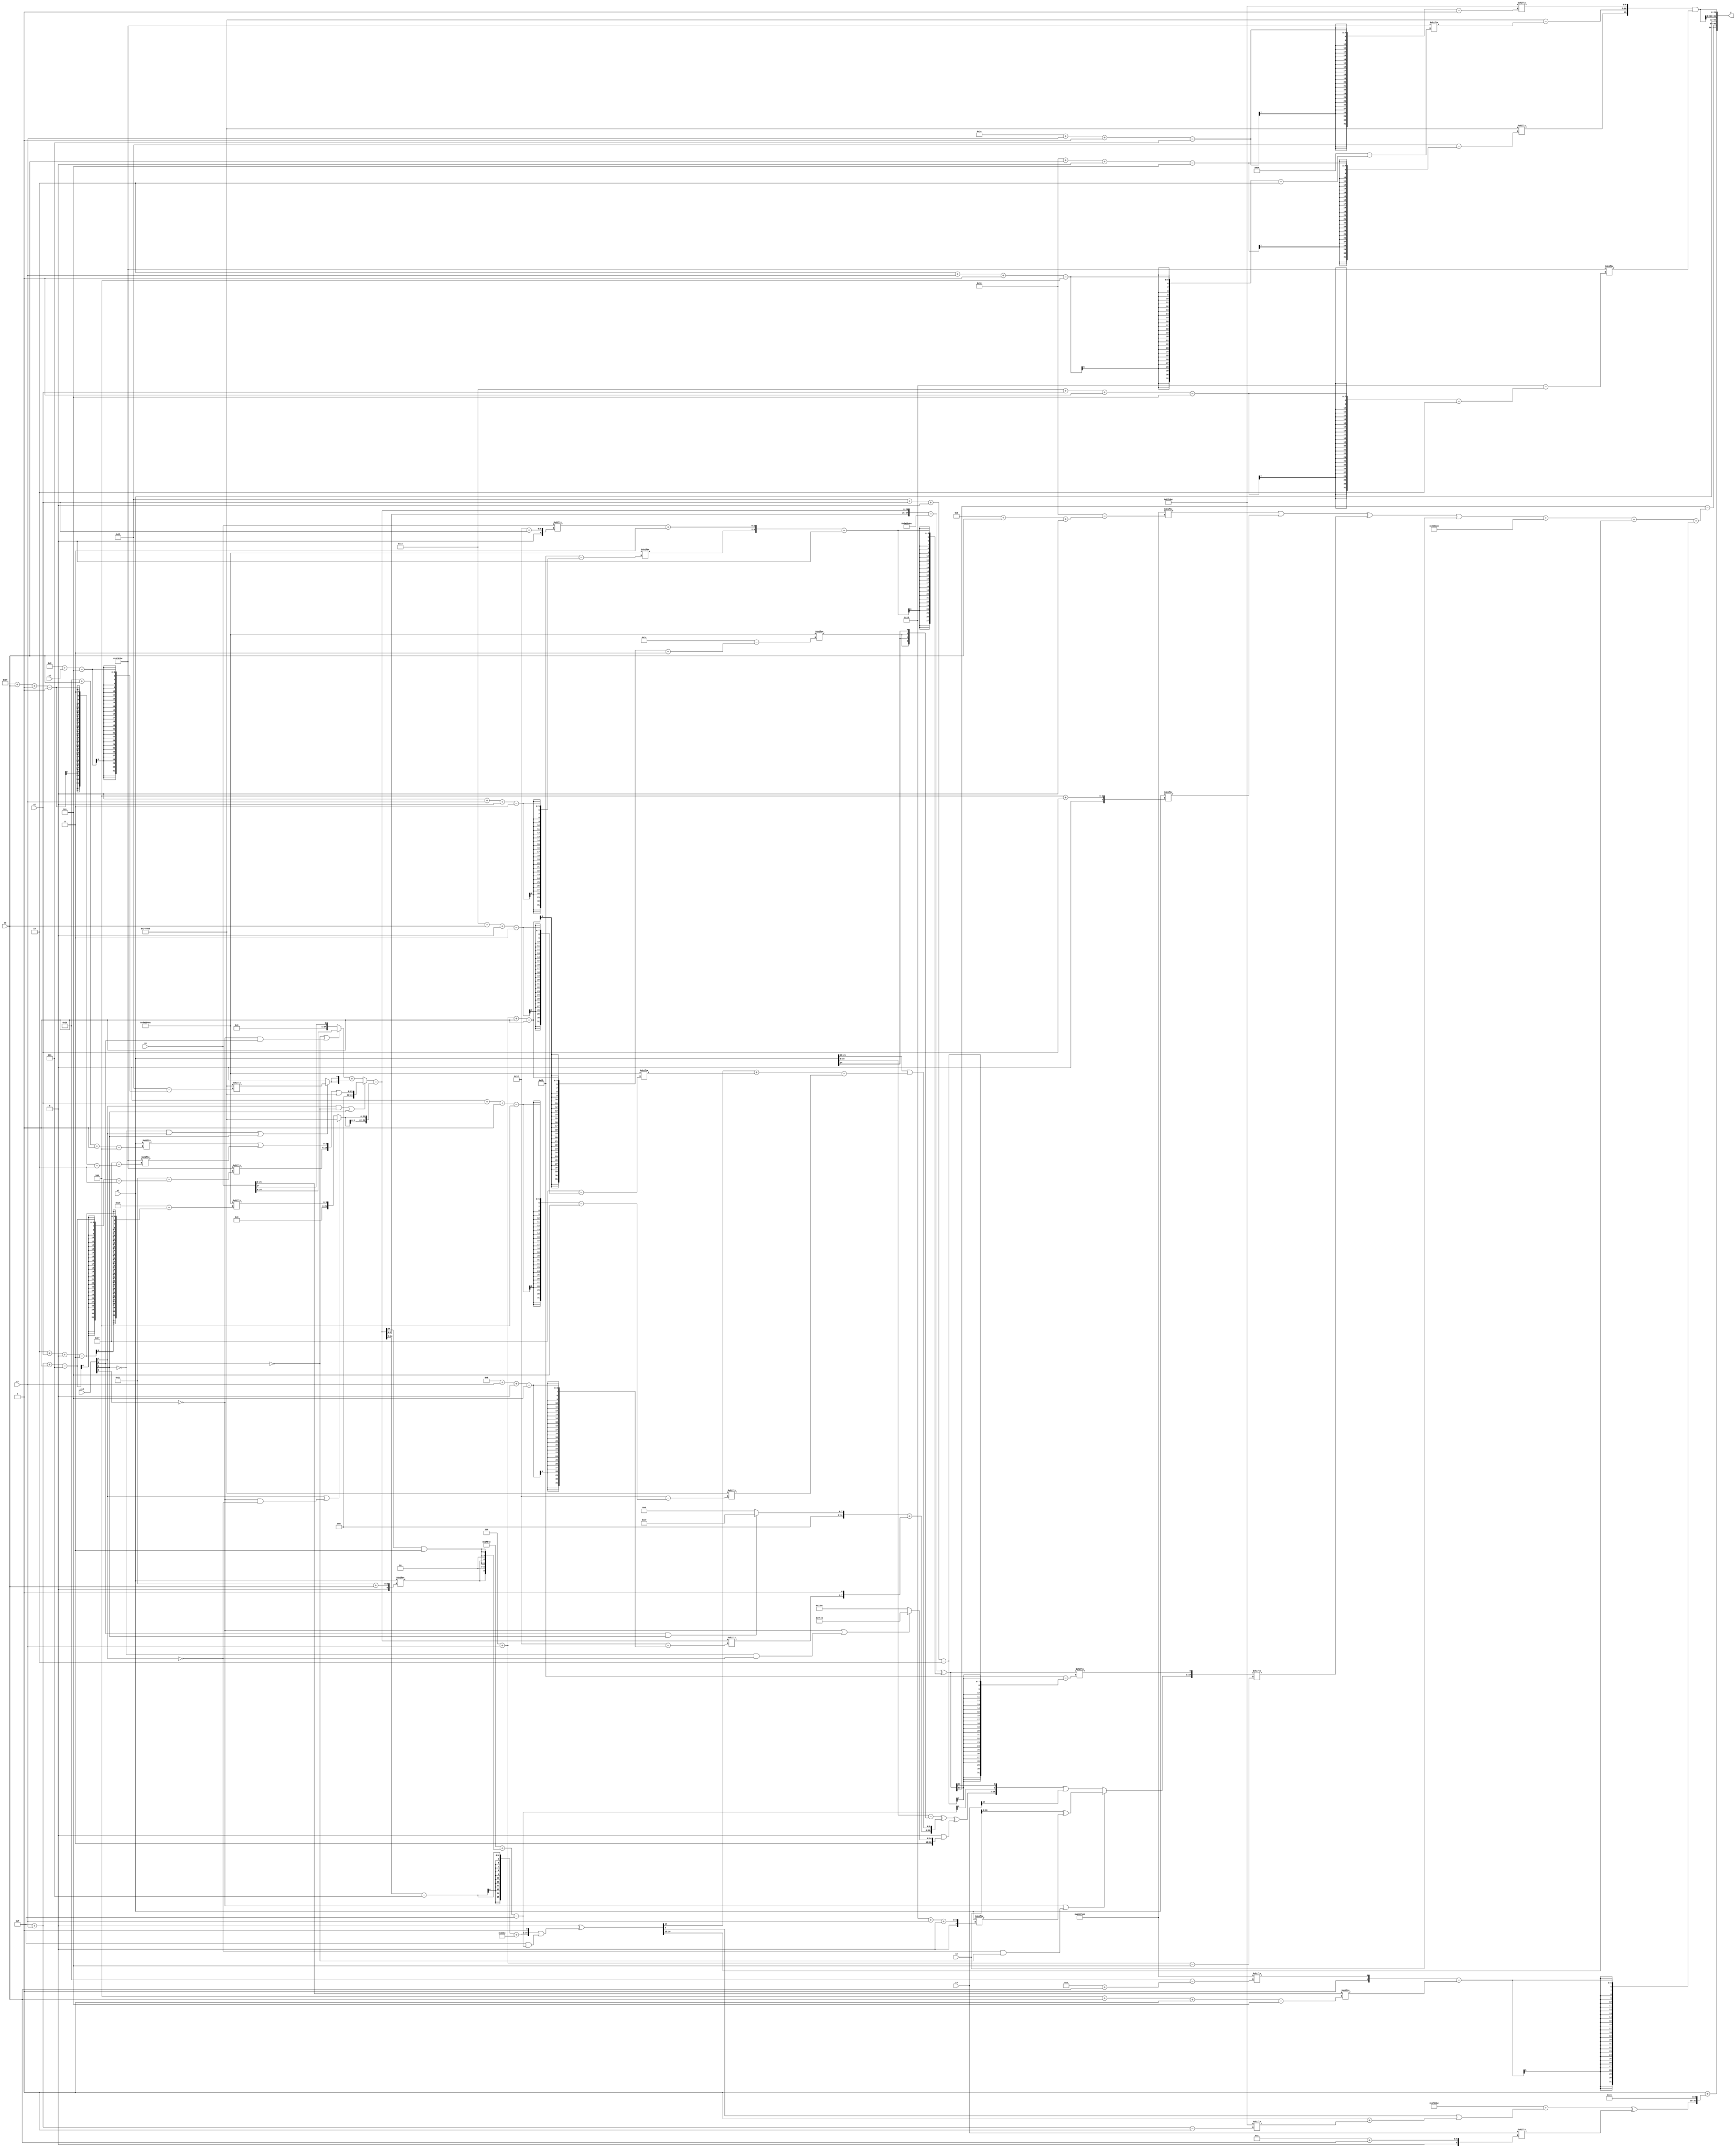
module partsel_00204(ctrl, s0, s1, s2, s3, x0, x1, x2, x3, y);
  input [3:0] ctrl;
  input [2:0] s0;
  input [2:0] s1;
  input [2:0] s2;
  input [2:0] s3;
  input [31:0] x0;
  input [31:0] x1;
  input signed [31:0] x2;
  input signed [31:0] x3;
  wire [25:0] x4;
  wire signed [5:29] x5;
  wire signed [31:1] x6;
  wire [2:29] x7;
  wire signed [3:31] x8;
  wire signed [25:1] x9;
  wire [26:6] x10;
  wire [25:1] x11;
  wire signed [7:31] x12;
  wire [24:5] x13;
  wire [2:26] x14;
  wire [7:31] x15;
  output [127:0] y;
  wire [31:0] y0;
  wire signed [31:0] y1;
  wire signed [31:0] y2;
  wire signed [31:0] y3;
  assign y = {y0,y1,y2,y3};
  localparam [0:29] p0 = 70907203;
  localparam [3:31] p1 = 765572334;
  localparam signed [5:26] p2 = 103057632;
  localparam [2:25] p3 = 714585020;
  assign x4 = x0;
  assign x5 = ((ctrl[2] && !ctrl[0] || ctrl[3] ? {{2{(!ctrl[3] || !ctrl[0] && ctrl[3] ? (p3[21 -: 2] - p0[20]) : p1)}}, ({p3[15 + s3 -: 7], (x1[29 + s0 -: 4] | p3[31 + s0 -: 1])} | {2{p2}})} : ((!ctrl[0] || !ctrl[1] && ctrl[0] ? x0 : x0[14 +: 1]) + {2{(!ctrl[3] && ctrl[2] || ctrl[3] ? p2[9 + s2] : p0[11])}})) - {2{(ctrl[2] || !ctrl[1] && !ctrl[2] ? p2 : p1[2 + s1 +: 4])}});
  assign x6 = ({((p1[12 -: 3] - {2{p0[24 + s1 -: 4]}}) & (!ctrl[3] && ctrl[3] || ctrl[0] ? x5[19] : (x4[19] ^ x1))), (p0 + {2{{x1[17 + s0], (x5[9 +: 1] & (p2[15 -: 4] | p1[17 -: 2]))}}})} - p0[16 -: 4]);
  assign x7 = (({2{x5}} - p1) ^ ({p1[0 + s3 +: 2], (x0[18 + s1] + {2{p3[20]}})} - {2{p2[17 +: 1]}}));
  assign x8 = {p2[15 +: 4], (!ctrl[3] && !ctrl[0] && !ctrl[2] ? x1[19 + s1] : p2[12 + s1])};
  assign x9 = p3;
  assign x10 = {2{(p1[9] ^ ({((x5[19 +: 4] - p3[23 -: 3]) + p3), p1[16]} | {2{(p0[14 +: 4] & x6)}}))}};
  assign x11 = ((({2{x1}} - {2{{p1[6 + s3 -: 1], x1[14]}}}) ^ {((ctrl[0] && ctrl[0] && ctrl[3] ? p2 : p3[11]) + {x5[8 + s3 +: 7], p0[9]}), (x1[21 -: 4] | ((x10[20 -: 1] + p1[22 + s0 +: 6]) - p2[0 + s1 -: 4]))}) ^ {2{(x8[9 +: 3] | (!ctrl[1] || !ctrl[3] && !ctrl[2] ? p0 : {p3[14 + s2], x9}))}});
  assign x12 = p2;
  assign x13 = {(!ctrl[1] || !ctrl[2] && !ctrl[0] ? (x2 ^ x1[19 + s3 +: 3]) : ({x11, {x6[10 +: 1], x7[16 +: 1]}} | x3[14])), x7[21 + s1 +: 1]};
  assign x14 = {2{x4[16 + s3]}};
  assign x15 = x1;
  assign y0 = (p3[22 -: 1] + {2{{((p3 + (x10[9 +: 1] | (p1[19] + x9[15 + s3]))) ^ x3[12 + s0]), {2{{p0[11], p1[20 -: 4]}}}}}});
  assign y1 = (x7[15 +: 3] - (ctrl[2] && !ctrl[2] && !ctrl[2] ? ((x10 ^ p0[20 -: 4]) | p3) : ({p3[8], (((((p0[11 + s0 +: 6] | x1[4 + s1]) ^ x13[6 + s3]) | x2) + (p2 & p1)) - x10[19 +: 4])} + ({p0[23 -: 2], p0[14 + s0]} - x4[4 + s0 -: 5]))));
  assign y2 = x1;
  assign y3 = {2{({{p2[24 + s0 +: 1], (p2 - p3[2 + s3 -: 4])}, x9[30 + s3 -: 7]} & p3[22 + s1 -: 5])}};
endmodule